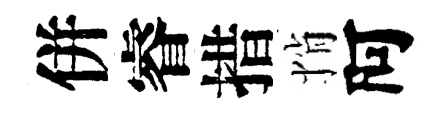
併睿措悄阿